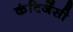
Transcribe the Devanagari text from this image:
कंटिजेंसी